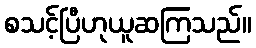
စသင့်ပြီဟုယူဆကြသည်။